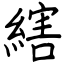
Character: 縖